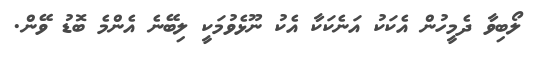
ލޯބިވާ ދެމީހުން އެކަކު އަނެކަކާ އެކު ނޫޅެވުމަކީ ލިބޭނެ އެންމެ ބޮޑު ވޭން.